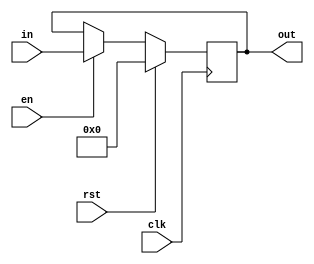
module Register(in, rst, clk, en, out);
	parameter REG_WIDTH =18;
	parameter RST_TYPE ="SYNC";

	input [REG_WIDTH-1:0] in;
	input rst, clk, en;
	output reg [REG_WIDTH-1:0] out;
	
	generate
		if (RST_TYPE == "SYNC") begin
			always @(posedge clk ) begin
				if (rst) begin
					out <= 'b0;
				end
				else if(en)
					out <= in;
			end
		end
		else if(RST_TYPE == "ASYNC") begin
			always @(posedge clk or posedge rst) begin
				if (rst) begin
					out <= 'b0;
				end
				else if(en)
					out <= in;
			end
		end
	endgenerate
endmodule